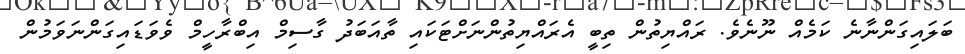
ބަލައިގަންނާނެ ކަމެއް ނޫނެވެ. ރައްޔިތުން ތިބީ އެރައްޔިތުންނަށްޓަކައި ތާއަބަދު ގާސިމް އިބްރާހީމް ވެވަޑައިގަންނަވަމުން